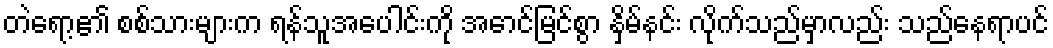
တဲရော့၏ စစ်သားများက ရန်သူအပေါင်းကို အောင်မြင်စွာ နှိမ်နင်း လိုက်သည်မှာလည်း သည်နေရာပင်